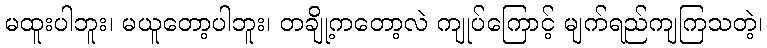
မထူးပါဘူး၊ မယူတော့ပါဘူး၊ တချို့ကတော့လဲ ကျုပ်ကြောင့် မျက်ရည်ကျကြသတဲ့၊